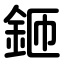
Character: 鉔